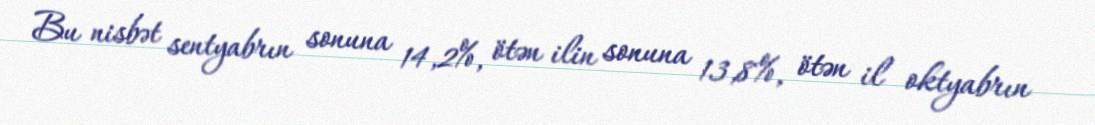
Bu nisbət sentyabrın sonuna 14,2%, ötən ilin sonuna 13,8%, ötən il oktyabrın